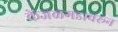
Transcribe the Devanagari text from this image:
केंजळगडावरून